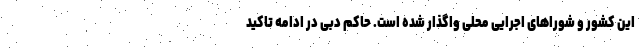
این کشور و شوراهای اجرایی محلی واگذار شده است. حاکم دبی در ادامه تاکید